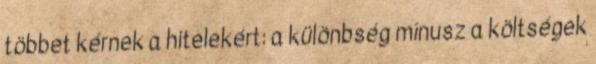
többet kérnek a hitelekért: a különbség mínusz a költségek